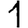
Digit: 1